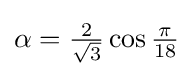
{\textstyle \alpha ={\frac {2}{\sqrt {3}}}\cos {\frac {\pi }{18}}}